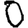
Digit: 0